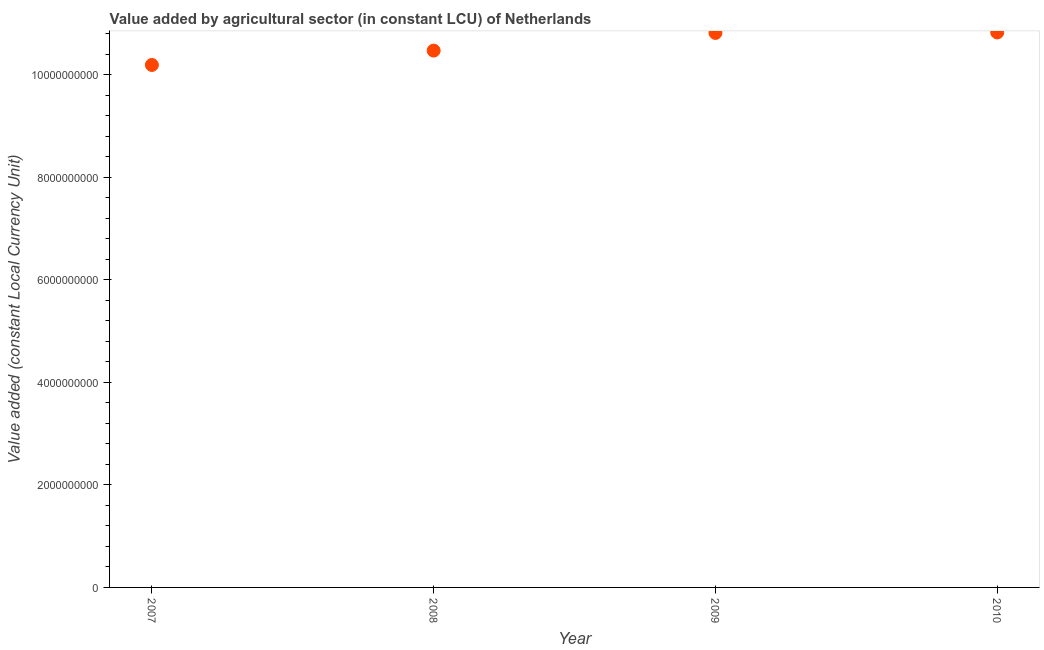
| Year | Agriculture |
 | --- | --- |
 | 2007 | 1.02e+10 |
 | 2008 | 1.05e+10 |
 | 2009 | 1.08e+10 |
 | 2010 | 1.08e+10 |